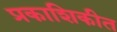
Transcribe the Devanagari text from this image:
प्रकाशिकीत